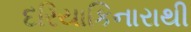
દરિયાકિનારાથી